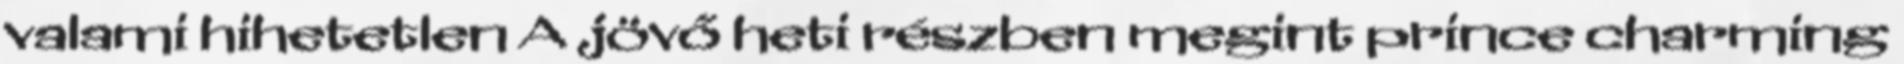
valami hihetetlen A jövő heti részben megint prince charming